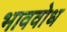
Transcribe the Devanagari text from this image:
भाववोध